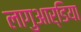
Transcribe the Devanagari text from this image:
लागुआर्डिया